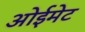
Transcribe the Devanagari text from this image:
ओईमेट